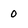
Character: 0